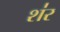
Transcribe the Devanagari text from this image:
श॑र